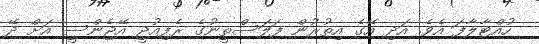
ހުއްޓާލާފަ އެވެ. އަދި އޭގެ އިތުރުން ފަލަސްތީނުގެ ރެފިއުޖީ އޭޖެންސީ އަށް ދޭ